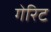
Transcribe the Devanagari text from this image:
गेरिट